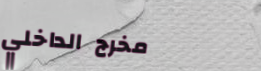
مخرج الداخلي